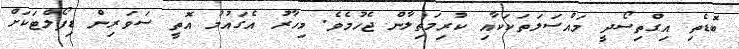
ބޮޑެތި އިގްތިސޯދީ މައްސަލަތަކަކާއި ކުރިމަތިލާން ޖެހުމެވެ. މިހާރު އެގައުމު އޮތީ ސަވަރިން ޑިފޯލްޓަކަށް